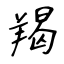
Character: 羯